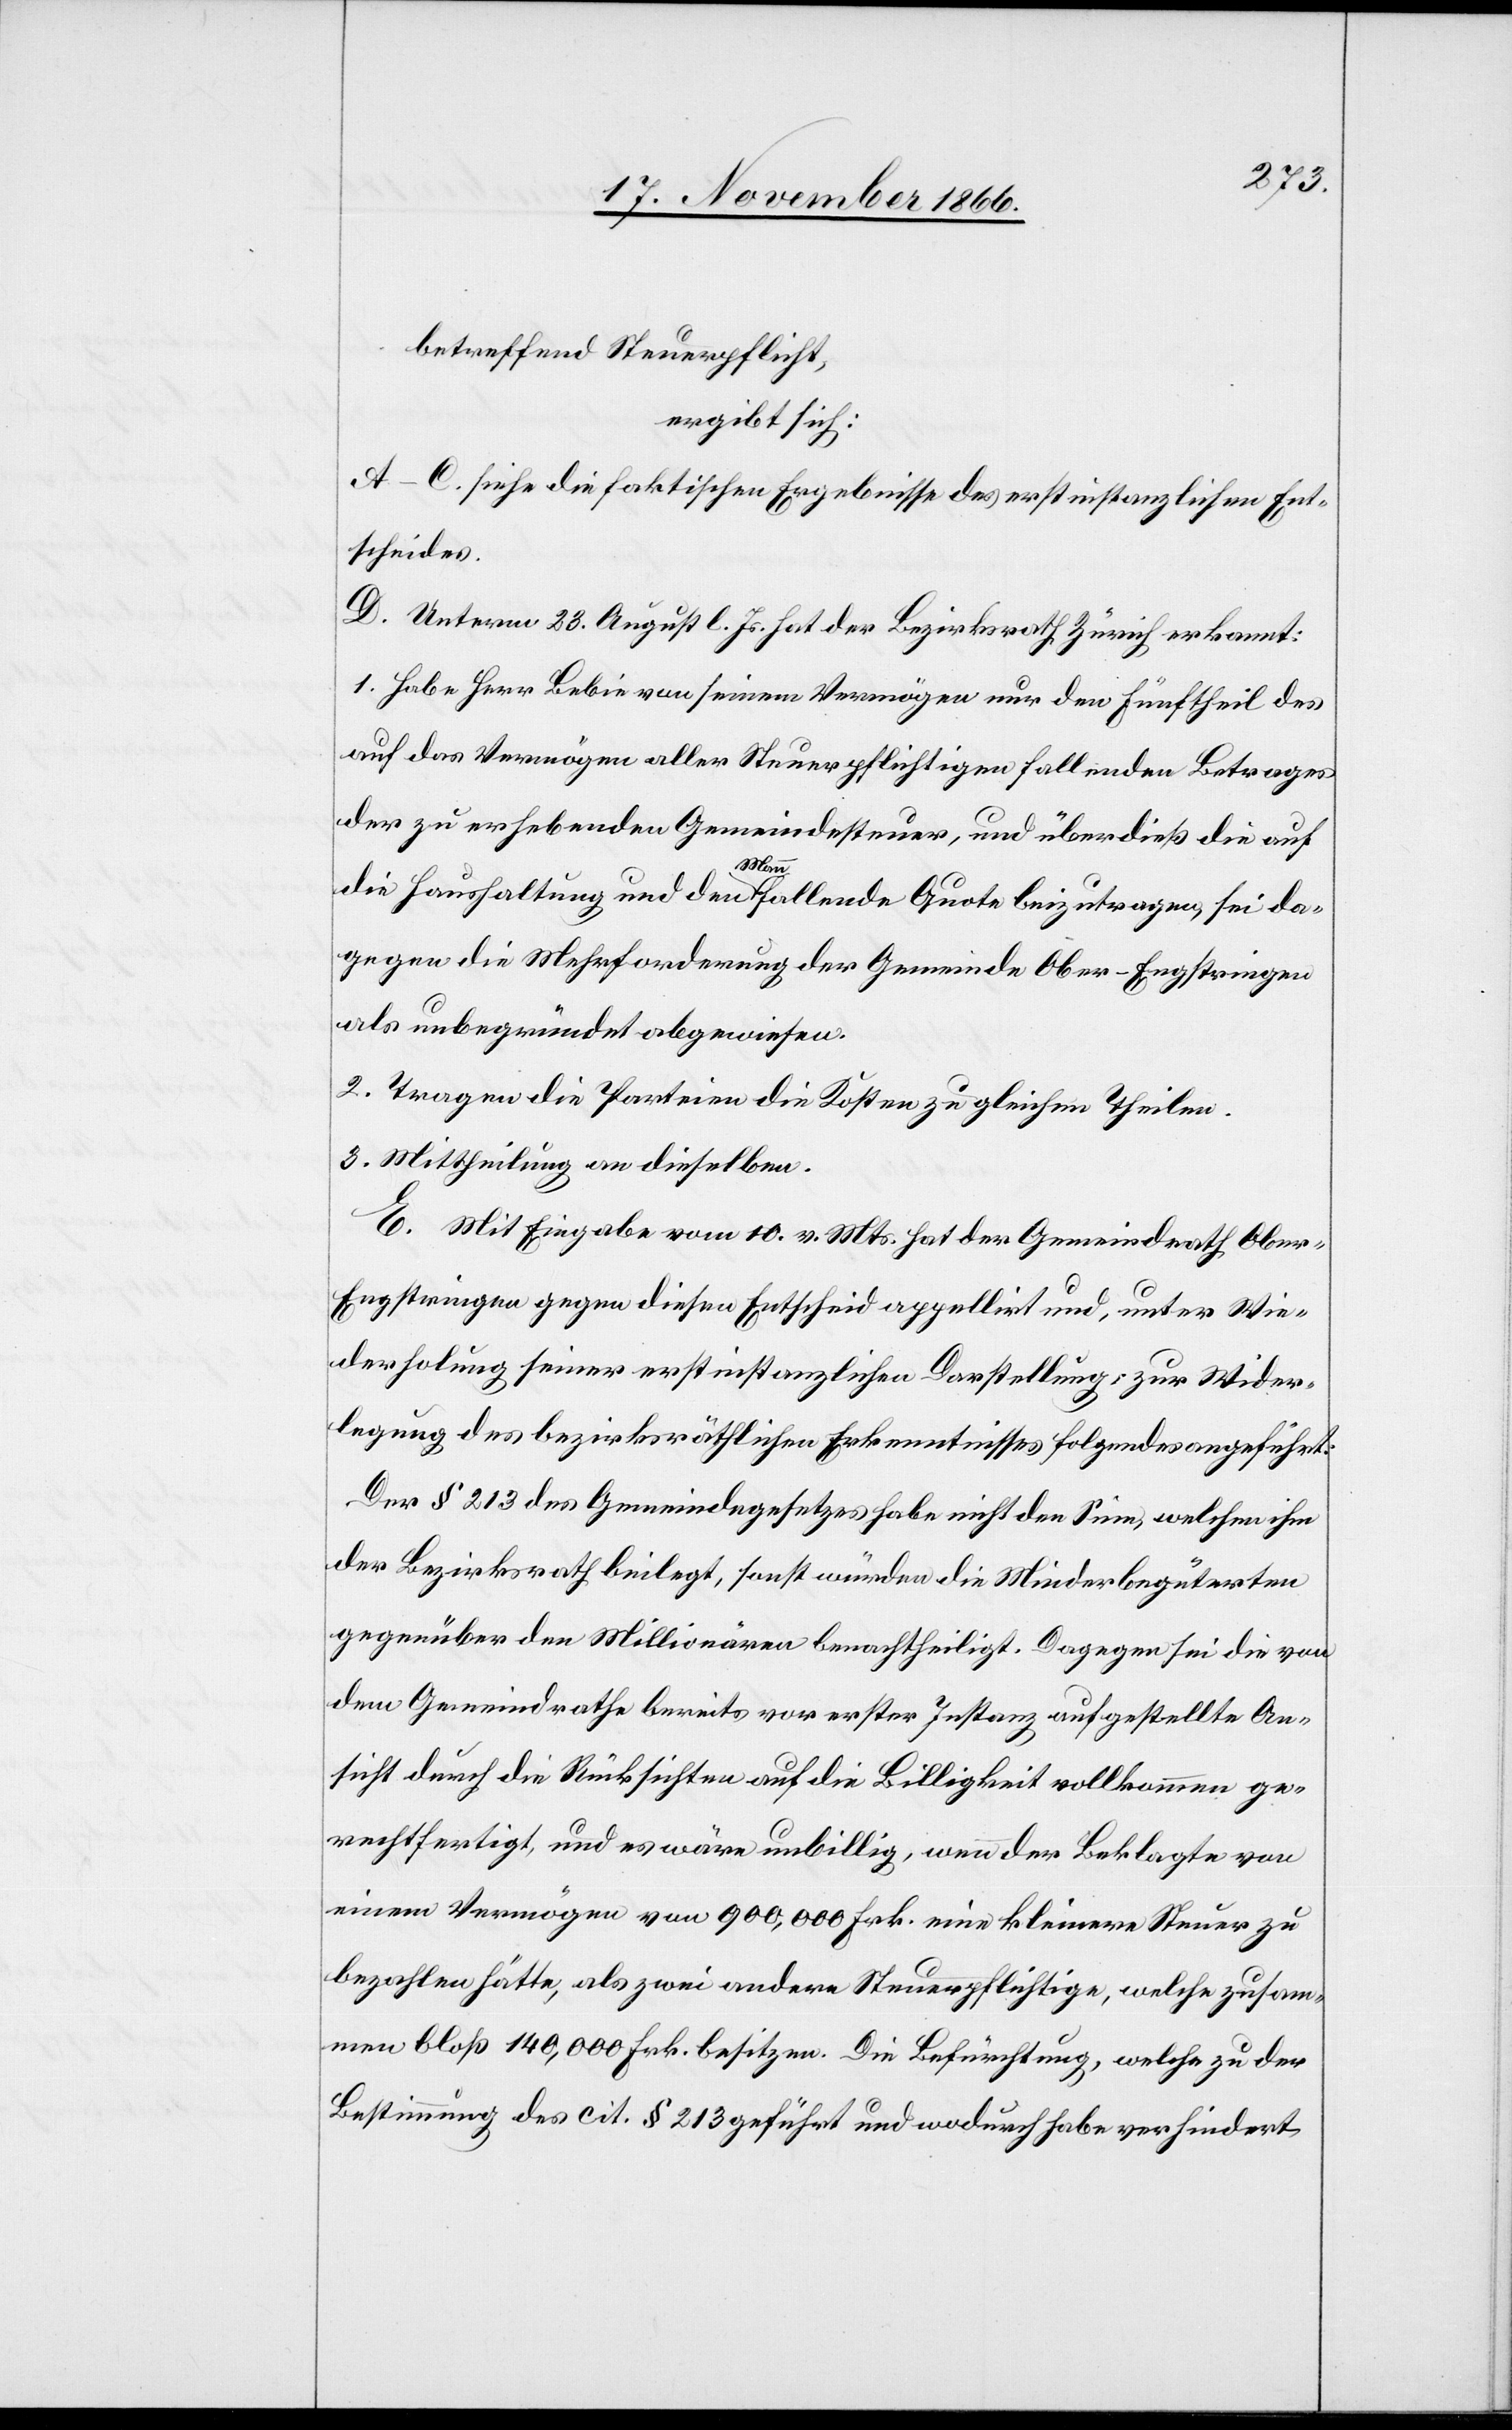
betreffend Steuerpflicht,
ergibt sich:
A–C. siehe die faktischen Ergebnisse des erstinstanzlichen Ent¬
scheides.
D. Unterm 23. August l. Js. hat der Bezirksrath Zürich erkannt:
1. Habe Herr Bebie von seinem Vermögen nur den Fünftheil des
auf das Vermögen aller Steuerpflichtigen fallenden Betrages
der zu erhebenden Gemeindesteuer, und überdieß die auf
die Haushaltung und den Mann fallende Quote beizutragen, sei da¬
gegen die Mehrforderung der Gemeinde Ober-Engstringen
als unbegründet abzuweisen.
2. Tragen die Parteien die Kosten zu gleichen Theilen.
3. Mittheilung an dieselben.
E. Mit Eingabe vom 10. v. Mts. hat der Gemeindrath Obe¬
r-Engstringen gegen diesen Entscheid appellirt und, unter Wie¬
derholung seiner erstinstanzlichen Darstellung, zur Wider¬
legung des bezirksräthlichen Erkenntnisses folgendes angeführt:
Der § 213 des Gemeindegesetzes habe nicht den Sinn, welchen ihm
der Bezirksrath beilegt, sonst würden die Minderbegüterten
gegenüber den Millionären benachtheiligt. Dagegen sei die von
dem Gemeindrathe bereits vor erster Instanz aufgestellte An¬
sicht durch die Rücksichten auf die Billigkeit vollkommen ge¬
rechtfertigt, und es wäre unbillig, wenn der Beklagte von
einem Vermögen von 900 000 Frk. eine kleinere Steuer zu
bezahlen hätte, als zwei andere Steuerpflichtige, welche zusam¬
men bloß 140 000 Frk. besitzen. Die Befürchtung, welche zu der
Bestimmung des cit. § 213 geführt und wodurch habe verhindert